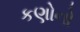
કણોનો